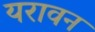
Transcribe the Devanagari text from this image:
यरावन